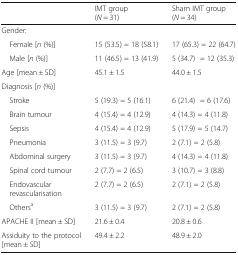
|  | IMT group (N = 31) | Sham IMT group (N = 34) |
 | --- | --- | --- |
 | <COLSPAN=3> Gender: |
 | Female [n (%)] | 15 (53.5) = 18 (58.1) | 17 (65.3) = 22 (64.7) |
 | Male [n (%)] | 11 (46.5) = 13 (41.9) | 5 (34.7)= 12 (35.3) |
 | Age [mean ± SD] | 45.1 ± 1.5 | 44.0 ± 1.5 |
 | <COLSPAN=3> Diagnosis [n (%)] |
 | Stroke | 5 (19.3) = 5 (16.1) | 6 (21.4)= 6 (17.6) |
 | Brain tumour | 4 (15.4) = 4 (12.9) | 4 (14.3) = 4 (11.8) |
 | Sepsis | 4 (15.4) = 4 (12.9) | 5 (17.9) = 5 (14.7) |
 | Pneumonia | 3 (11.5) = 3 (9.7) | 2 (7.1) = 2 (5.8) |
 | Abdominal surgery | 3 (11.5) = 3 (9.7) | 4 (14.3) = 4 (11.8) |
 | Spinal cord tumour | 2 (7.7) = 2 (6.5) | 3 (10.7) = 3 (8.8) |
 | Endovascular revascularisation | 2 (7.7) = 2 (6.5) | 2 (7.1) = 2 (5.8) |
 | Othersa | 3 (11.5) = 3 (9.7) | 2 (7.1) = 2 (5.8) |
 | APACHE II [mean ± SD] | 21.6 ± 0.4 | 20.8 ± 0.6 |
 | Assiduity to the protocol [mean ± SD] | 49.4 ± 2.2 | 48.9 ± 2.0 |